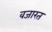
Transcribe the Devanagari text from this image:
वजारत